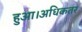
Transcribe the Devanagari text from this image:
हुआ।अधिकतर